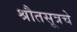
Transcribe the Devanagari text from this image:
श्रौतसूत्रचे